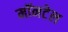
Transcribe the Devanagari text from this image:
मॉनटेल